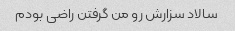
سالاد سزارش رو من گرفتن راضی بودم